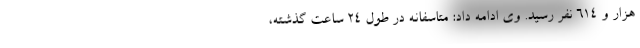
هزار و ۶۱۴ نفر رسید. وی ادامه داد: متاسفانه در طول ۲۴ ساعت گذشته،